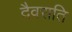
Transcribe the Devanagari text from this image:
दैवराति